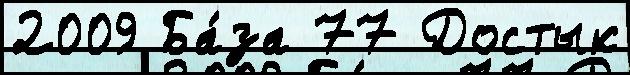
2009 Ба́за 77 Достык